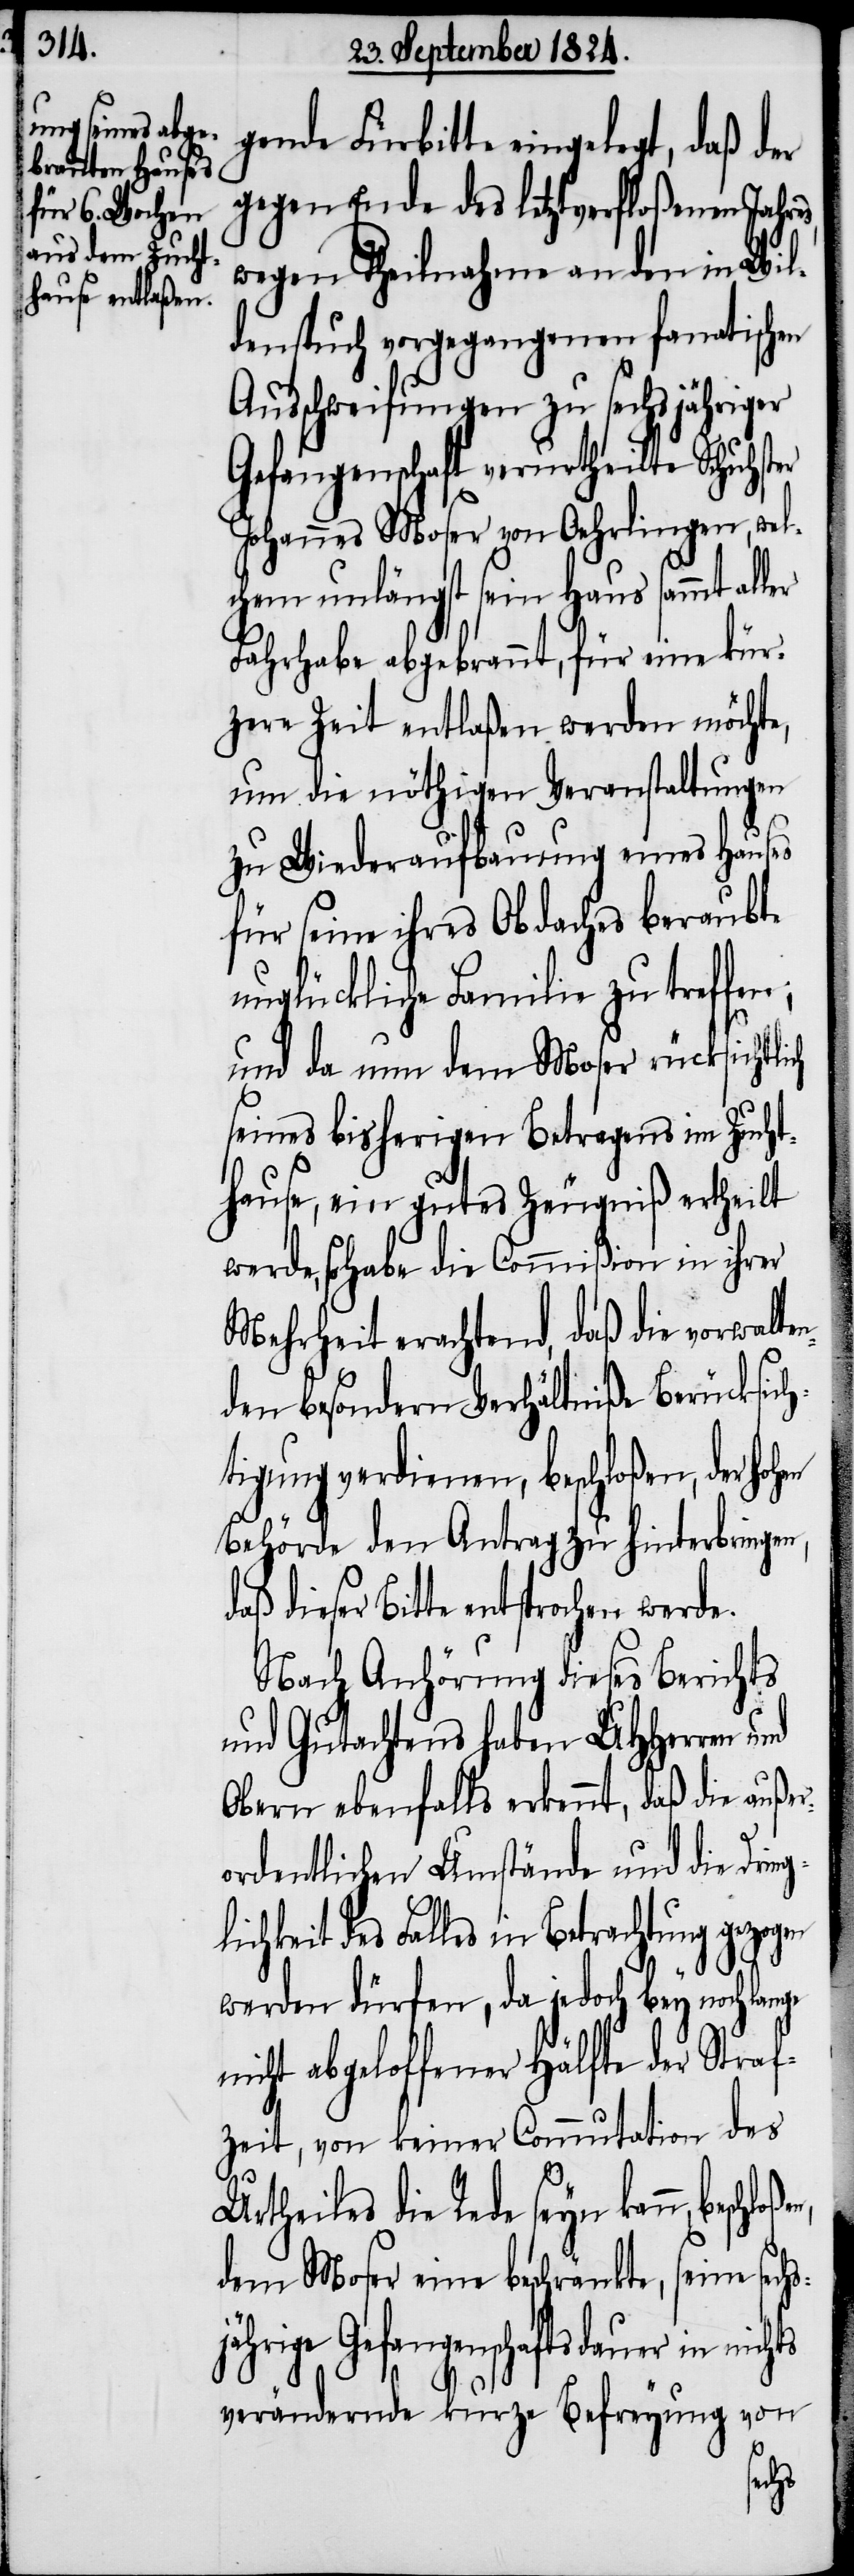
gende Fürbitte eingelegt, daß der
gegen Ende des letztverfloßenen Jahr¬
wegen Theilnahme an den in Wil¬
denspuch vorgegangenen fanatischen
Ausschweifungen zu sechsjähriger
Gefangenschaft verurtheilte Schuhster
Johannes Moser von Oehrlingen, wel¬
chem unlängst sein Haus sammt aller
Fahrhabe abgebrannt, für eine kür¬
zere Zeit entlaßen werden möchte,
um die nöthigen Veranstaltungen
zu Wiederaufbauung eines Hauses
für seine ihres Obdaches beraubte
unglückliche Familie zu treffen;
und da nun dem Moser rücksichtlich
seines bisherigen Betragens im Zucht¬
hause, ein gutes Zeugniß ertheilt
werde, so habe die Commißion in ihrer
Mehrheit erachtend, daß die vorwalte¬
nden besondern Verhältniße Berücksich¬
tigung verdienen, beschloßen, der ho¬
Behörde den Antrag zu hinterbringen,
daß dieser Bitte entsprochen werde.
Nach Anhörung dieses Berichts
und Gutachtens haben UHHerren und
Obern ebenfalls erkennt, daß die außer¬
ordentlichen Umstände und die Drin¬
glichkeit des Falles in Betrachtung gezogen
werden dürfen, da jedoch bey noch lange
nicht abgeloffener Hälfte der Straf¬
zeit, von keiner Commutation des
beschränkte, seine sechs¬
jährige Gefangenschaftsdauer in nichts
verändernde kurze Befreyung von
hen